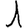
Digit: 1